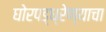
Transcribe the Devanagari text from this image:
घोरपड्ध्रेण्याचा